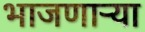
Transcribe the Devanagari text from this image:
भाजणाऱ्या